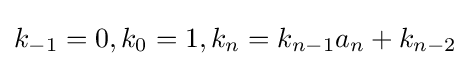
k_{-1}=0,k_{0}=1,k_{n}=k_{n-1}a_{n}+k_{n-2}